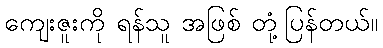
ကျေးဇူးကို ရန်သူ အဖြစ် တုံ့ပြန်တယ်။